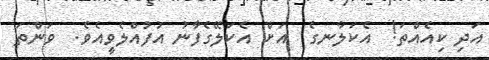
އަދި ކިއެއްތަ!  އެކަލާނގެ  އަށް އެކަލޭގެފާނު އުފުއްލެވީއެވެ.  ވަންތަ